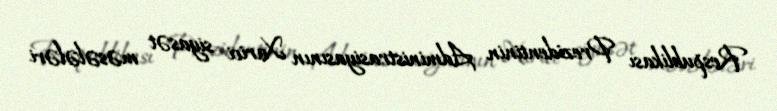
Respublikası Prezidentinin Administrasiyasının Xarici siyasət məsələləri